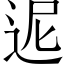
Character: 迡